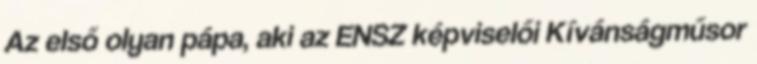
Az első olyan pápa, aki az ENSZ képviselői Kívánságműsor